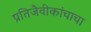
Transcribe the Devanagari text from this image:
प्रतिजैवीकांचाचा